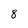
Character: 8